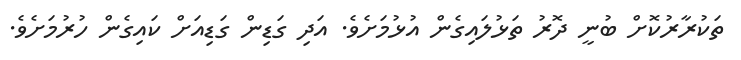
ތަކުރާރުކޮށް ބުނީ ދޮރު ތަޅުލައިގެން އުޅުމަށެވެ. އަދި ގަޑިން ގަޑިއަށް ކައިގެން ހުރުމަށެވެ.